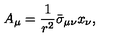
A _ { \mu } = \frac { 1 } { r ^ { 2 } } \bar { \sigma } _ { \mu \nu } x _ { \nu } ,